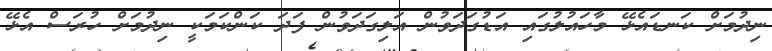
ނިދުމަށް ކަނޑައެޅޭ މާހައުލުގައި އަޑުގަދަވުން އަލިގަދަވުން ފަދަ ކަންކަމަކީ ނިދުމަށް ހުރަސް އެޅޭ